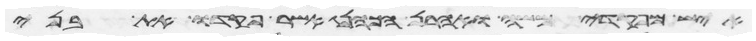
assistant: איש מפקדי משה ואהרן הכהן אשר פקדו את בני